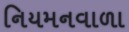
નિયમનવાળા